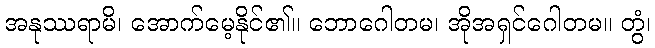
အနုဿရာမိ၊ အောက်မေ့နိုင်၏။ ဘောဂေါတမ၊ အိုအရှင်ဂေါတမ။ တွံ၊